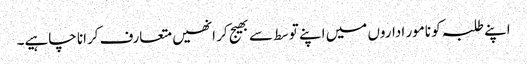
اپنے طلبہ کو نامور اداروں میں اپنے توسط سے بھیج کر انھیں متعارف کرانا چاہیے۔